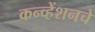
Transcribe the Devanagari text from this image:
कन्व्हेंशनचे